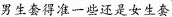
男生套得准一些还是女生套